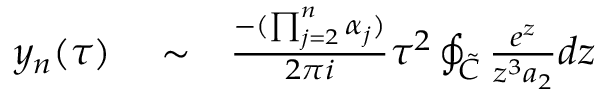
\begin{array} { r l r } { y _ { n } ( \tau ) } & { { } \sim } & { \frac { - ( \prod _ { j = 2 } ^ { n } \alpha _ { j } ) } { 2 \pi i } \tau ^ { 2 } \oint _ { \cal \tilde { C } } \frac { e ^ { z } } { z ^ { 3 } a _ { 2 } } d z } \end{array}